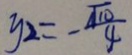
y _ { 2 } = - \frac { \sqrt { 1 0 } } { 4 }